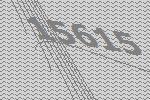
15615